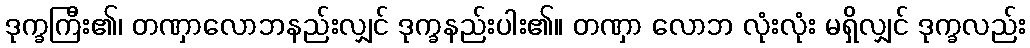
ဒုက္ခကြီး၏၊ တဏှာလောဘနည်းလျှင် ဒုက္ခနည်းပါး၏။ တဏှာ လောဘ လုံးလုံး မရှိလျှင် ဒုက္ခလည်း